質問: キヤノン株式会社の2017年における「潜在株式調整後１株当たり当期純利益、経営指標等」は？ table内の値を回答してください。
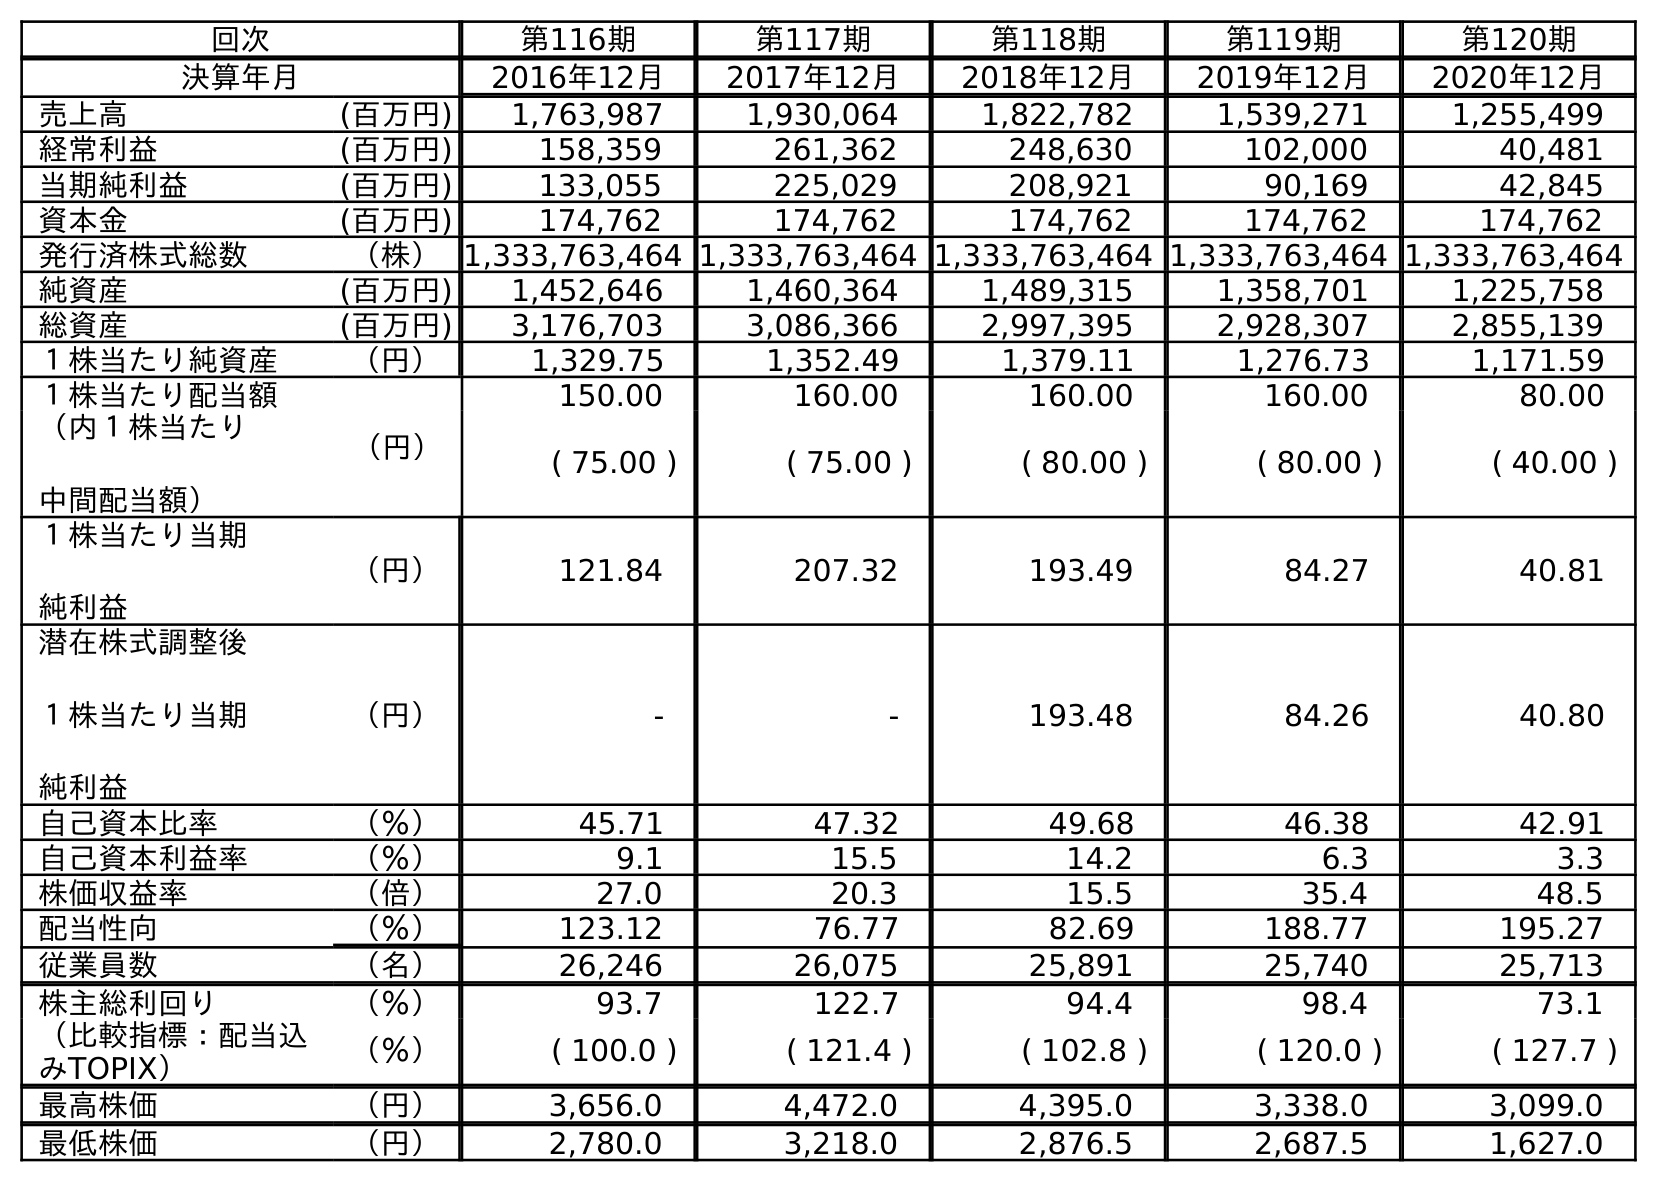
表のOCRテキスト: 回次 第116期 第117期 第118期 第119期 第120期 決算年月 2016年12月 2017年12月 2018年12月 2019年12月 2020年12月 売上高 (百万円) 1,763,987 1,930,064 1,822,782 1,539,271 1,255,499 経常利益 (百万円) 158,359 261,362 248,630 102,000 40,481 当期純利益 (百万円) 133,055 225,029 208,921 90,169 42,845 資本金 (百万円) 174,762 174,762 174,762 174,762 174,762 発行済株式総数 （株）1,333,763,464 1,333,763,464 1,333,763,464 1,333,763,464 1,333,763,464 純資産 (百万円) 1,452,646 1,460,364 1,489,315 1,358,701 1,225,758 総資産 (百万円) 3,176,703 3,086,366 2,997,395 2,928,307 2,855,139 １株当たり純資産 （円） 1,329.75 1,352.49 1,379.11 1,276.73 1,171.59 １株当たり配当額 （円） 150.00 160.00 160.00 160.00 80.00 （内１株当たり 中間配当額） ( 75.00 ) ( 75.00 ) ( 80.00 ) ( 80.00 ) ( 40.00 ) １株当たり当期 純利益 （円） 121.84 207.32 193.49 84.27 40.81 潜在株式調整後 １株当たり当期 純利益 （円） - - 193.48 84.26 40.80 自己資本比率 （％） 45.71 47.32 49.68 46.38 42.91 自己資本利益率 （％） 9.1 15.5 14.2 6.3 3.3 株価収益率 （倍） 27.0 20.3 15.5 35.4 48.5 配当性向 （％） 123.12 76.77 82.69 188.77 195.27 従業員数 （名） 26,246 26,075 25,891 25,740 25,713 株主総利回り （％） 93.7 122.7 94.4 98.4 73.1 （比較指標：配当込 みTOPIX） （％） ( 100.0 ) ( 121.4 ) ( 102.8 ) ( 120.0 ) ( 127.7 ) 最高株価 （円） 3,656.0 4,472.0 4,395.0 3,338.0 3,099.0 最低株価 （円） 2,780.0 3,218.0 2,876.5 2,687.5 1,627.0
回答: -